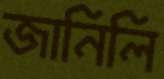
জানিলি